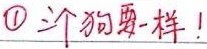
\textcircled{1} 个狗 样！